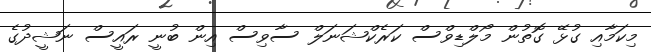
މިކަމާއި ގުޅޭ ގޮތުން މޯލްޑިވްސް ކަރެކްޝަނަލް ސާވިސް އިން ބުނީ ރައީސް ނަޝީދުގެ